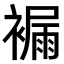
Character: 𧜾